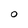
Character: O